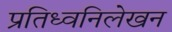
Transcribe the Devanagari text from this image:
प्रतिध्वनिलेखन